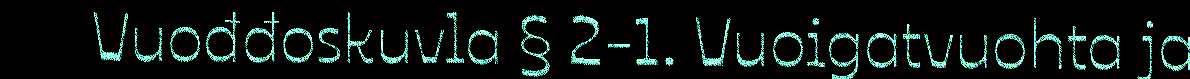
Vuođđoskuvla § 2-1. Vuoigatvuohta ja